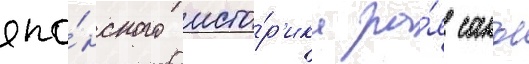
япо́нского исто́р'ика ра́я санъе